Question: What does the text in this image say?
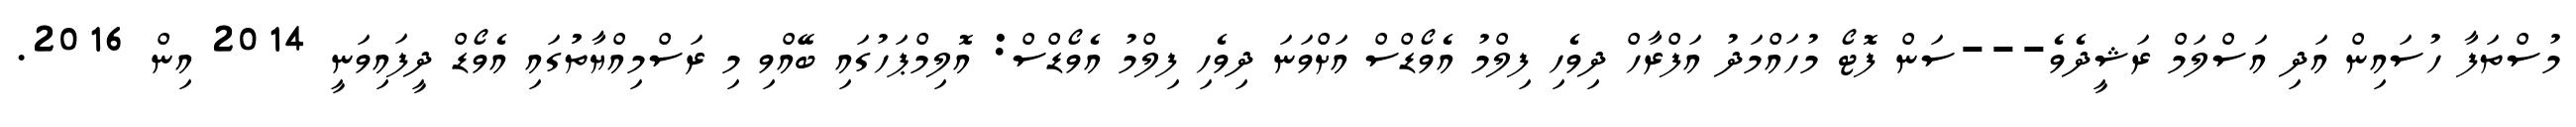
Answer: މުސްތަފާ ހުސައިން އަދި އަސްލަމް ރަޝީދެވެ---ސަން ފޮޓޯ މުހައްމަދު އަފްރާހް ދިވެހި ފިލްމު އެވޯޑްސް އަށްވަނަ ދިވެހި ފިލްމު އެވޯޑްސް: އޮލިމްޕަހުގައި ބޭއްވި މި ރަސްމިއްޔާތުުގައި އެވޯޑް ދީފައިވަނީ 2014 އިން 2016.